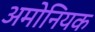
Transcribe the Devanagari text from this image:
अमोनियक